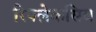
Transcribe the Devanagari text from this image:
रिफ्लेकसिव